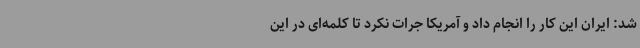
شد: ایران این کار را انجام داد و آمریکا جرات نکرد تا کلمه‌ای در این